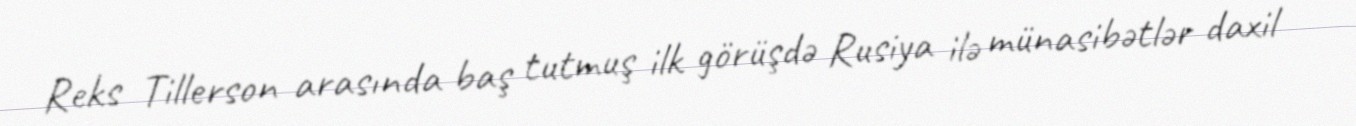
Reks Tillerson arasında baş tutmuş ilk görüşdə Rusiya ilə münasibətlər daxil